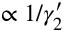
\propto 1 / \gamma _ { 2 } ^ { \prime }